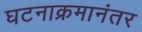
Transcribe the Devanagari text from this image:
घटनाक्रमानंतर